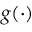
g ( \cdot )